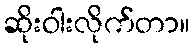
ဆိုးဝါးလိုက်တာ။